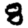
Digit: 8